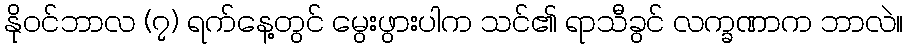
နိုဝင်ဘာလ (၇) ရက်နေ့တွင် မွေးဖွားပါက သင်၏ ရာသီခွင် လက္ခဏာက ဘာလဲ။